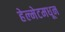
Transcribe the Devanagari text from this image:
हेल्मेटमधून